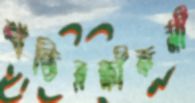
শান্তিরক্ষীকর্মী